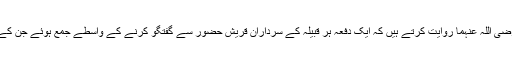
ابن عباس رضی اللہ عنہما روایت کرتے ہیں کہ ایک دفعہ ہر قبیلہ کے سرداران قریش حضورؐ سے گفتگو کرنے کے واسطے جمع ہوئے جن کے نام یہ ہیں۔